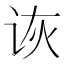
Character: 诙